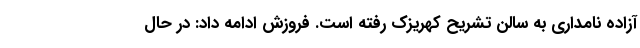
آزاده نامداری به سالن تشریح کهریزک رفته است. فروزش ادامه داد: در حال